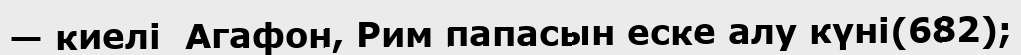
— киелі  Агафон, Рим папасын еске алу күні(682);